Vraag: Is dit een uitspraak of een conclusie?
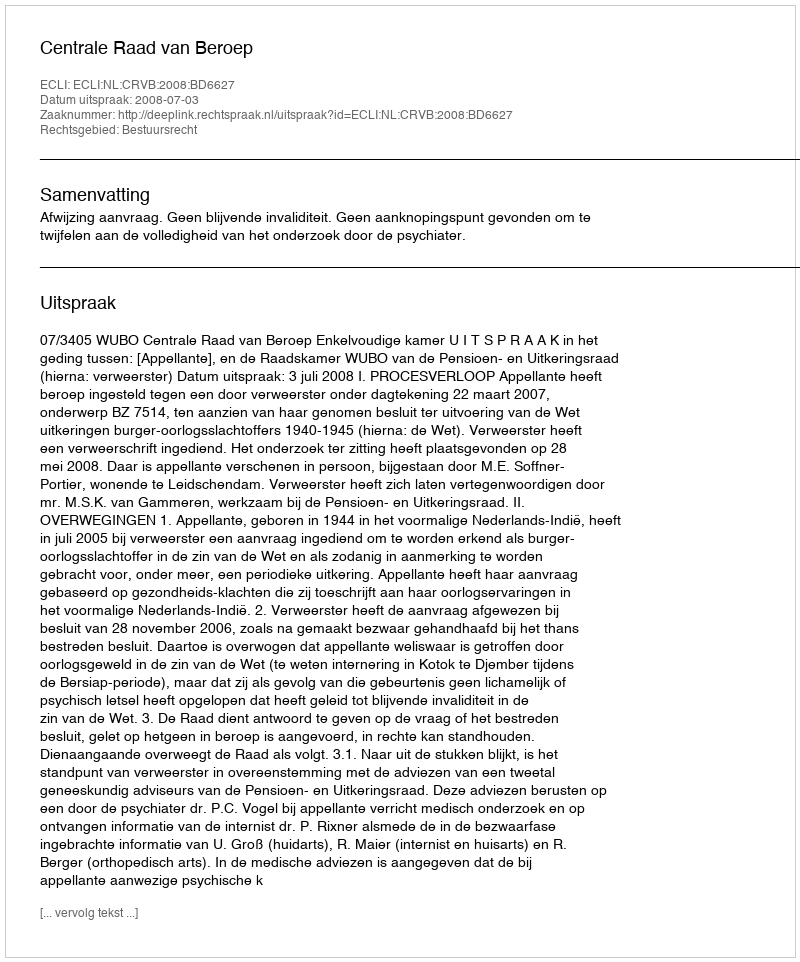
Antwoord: Uitspraak